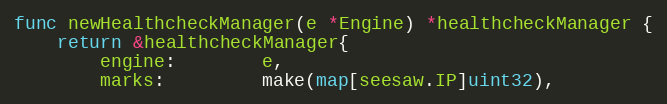
Language: Go
func newHealthcheckManager(e *Engine) *healthcheckManager {
	return &healthcheckManager{
		engine:        e,
		marks:         make(map[seesaw.IP]uint32),